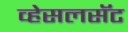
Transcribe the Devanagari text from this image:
व्हेसलसॅट